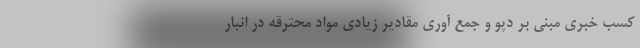
کسب خبری مبنی بر دپو و جمع آوری مقادیر زیادی مواد محترقه در انبار